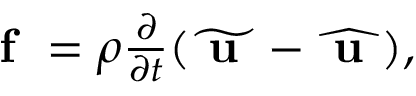
\begin{array} { r } { \textbf { f } = \rho \frac { \partial } { \partial t } ( \widetilde { \textbf { u } } - \widehat { \textbf { u } } ) , } \end{array}